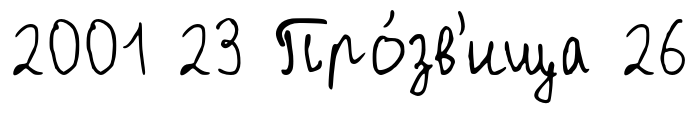
2001 23 Про́зв'ища 26